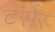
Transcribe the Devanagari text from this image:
टर्सर